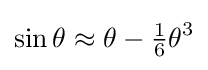
\sin \theta \approx \theta -{\tfrac {1}{6}}\theta ^{3}